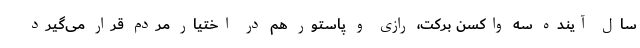
سال آینده سه واکسن برکت، رازی و پاستور هم در اختیار مردم قرار می‌گیرد